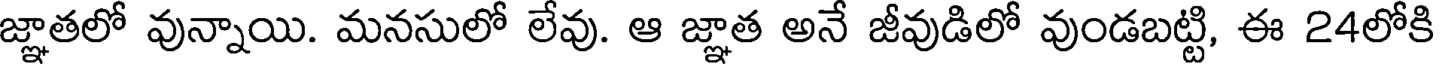
జ్ఞాతలో వున్నాయి. మనసులో లేవు. ఆ జ్ఞాత అనే జీవుడిలో వుండబట్టి, ఈ 24లోకి